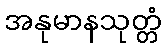
အနုမာနသုတ္တံ